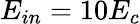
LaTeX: E_{in}=10E_{c}